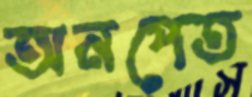
অনপেত